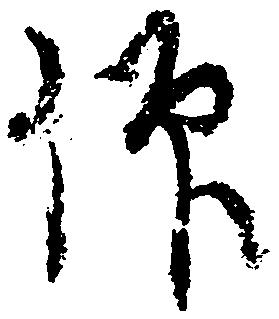
仰